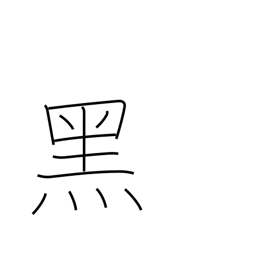
Meaning: sinister